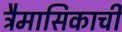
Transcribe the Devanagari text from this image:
त्रैमासिकाची